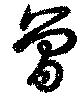
曽